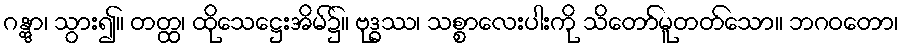
ဂန္တွာ၊ သွား၍။ တတ္ထ၊ ထိုသေဋ္ဌေးအိမ်၌။ ဗုဒ္ဓဿ၊ သစ္စာလေးပါးကို သိတော်မူတတ်သော။ ဘဂဝတော၊